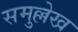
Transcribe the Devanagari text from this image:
समुल्लेख